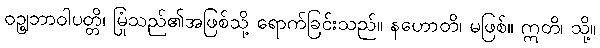
ဝဉ္ဈဘာဝါပတ္တိ၊ မြုံသည်၏အဖြစ်သို့ ရောက်ခြင်းသည်။ နဟောတိ၊ မဖြစ်။ ဣတိ၊ သို့။